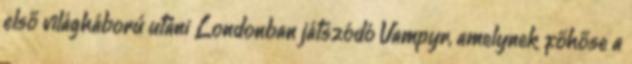
első világháború utáni Londonban játszódó Vampyr, amelynek főhőse a